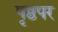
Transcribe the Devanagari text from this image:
पृष्ठपर